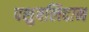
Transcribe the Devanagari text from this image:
पशुबलिदान